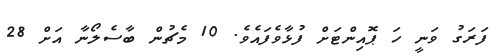
ފަރަގު ވަނީ ހަ ޕޮއިންޓަށް ފުޅާވެފައެވެ. 10 މެޗުން ބާސެލޯނާ އަށް 28